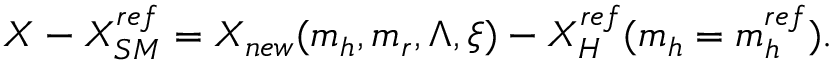
X - X _ { S M } ^ { r e f } = X _ { n e w } ( m _ { h } , m _ { r } , \Lambda , \xi ) - X _ { H } ^ { r e f } ( m _ { h } = m _ { h } ^ { r e f } ) .